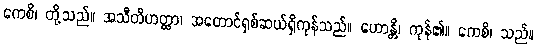
ကေစိ၊ တို့သည်။ အသီတိဟတ္ထာ၊ အတောင်ရှစ်ဆယ်ရှိကုန်သည်။ ဟောန္တိ၊ ကုန်၏။ ကေစိ၊ သည်။